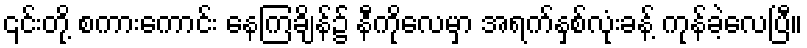
၎င်းတို့ စကားကောင်း နေကြချိန်၌ နီကိုလေမှာ အရက်နှစ်လုံးခန့် ကုန်ခဲ့လေပြီ။